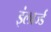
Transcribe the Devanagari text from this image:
इंलार्ज्ड